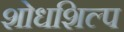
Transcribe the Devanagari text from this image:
शोधशिल्प